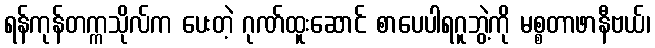
ရန်ကုန်တက္ကသိုလ်က ပေးတဲ့ ဂုဏ်ထူးဆောင် စာပေပါရဂူဘွဲ့ကို မစ္စတာဖာနီဗယ်၊